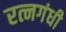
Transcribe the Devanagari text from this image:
रत्नगंधी